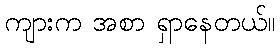
ကျားက အစာ ရှာနေတယ်။